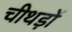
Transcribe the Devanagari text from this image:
चीथड़ों